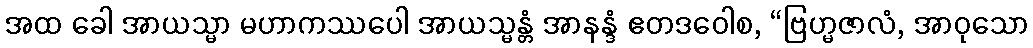
အထ ခေါ အာယသ္မာ မဟာကဿပေါ အာယသ္မန္တံ အာနန္ဒံ ဧတဒဝေါစ, “ဗြဟ္မဇာလံ, အာဝုသော